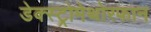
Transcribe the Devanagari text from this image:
डेक्स्ट्रोमेथोरफान